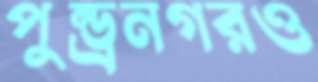
পুন্ড্রনগরও